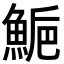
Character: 𩷴